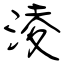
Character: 淩